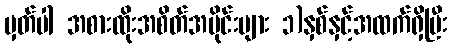
မှတ်ပါ အစားထိုးအစိတ်အပိုင်းများ ၁)နှစ်နှင့်အထက်ရှိပြီး